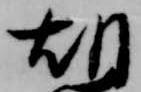
胡